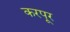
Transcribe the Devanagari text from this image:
करपूर